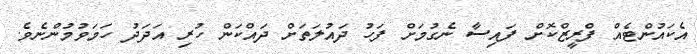
އެކައުންޓެއް ފްރީޒްކޮށް ފައިސާ ނެގުމަށް ފަހު ދައުލަތަށް ދައްކަން ހުރި އަދަދު ހަމަވުމުންނެވެ.